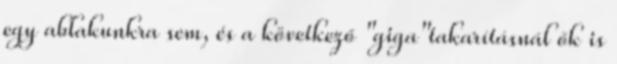
egy ablakunkra sem, és a következő "giga"takarításnál ők is